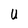
Character: U